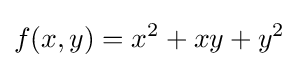
f(x,y)=x^{2}+xy+y^{2}